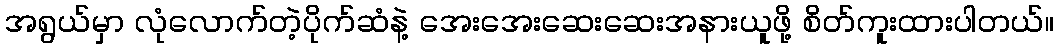
အရွယ်မှာ လုံလောက်တဲ့ပိုက်ဆံနဲ့ အေးအေးဆေးဆေးအနားယူဖို့ စိတ်ကူးထားပါတယ်။